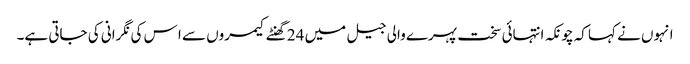
انہوں نے کہا کہ چونکہ انتہائی سخت پہرے والی جیل میں 24 گھنٹے کیمروں سے ا س کی نگرانی کی جاتی ہے۔